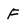
Character: F